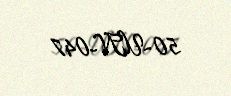
50-UN-047